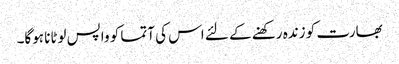
بھارت کو زندہ رکھنے کے لئے اس کی آتما کو واپس لوٹانا ہوگا۔